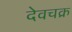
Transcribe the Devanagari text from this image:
देवचक्र